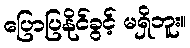
ပြောပြနိုင်ခွင့် မရှိဘူး။